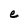
Character: e